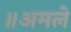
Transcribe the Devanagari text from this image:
॥अमले